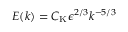
E ( k ) = C _ { \mathrm { K } } \epsilon ^ { 2 / 3 } k ^ { - 5 / 3 }